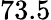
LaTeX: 73.5